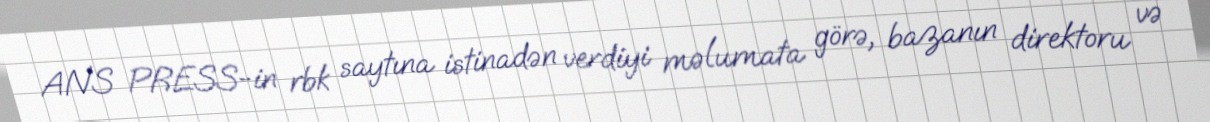
ANS PRESS-in rbk saytına istinadən verdiyi məlumata görə, bazanın direktoru və